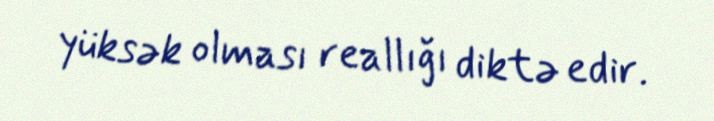
yüksək olması reallığı diktə edir.